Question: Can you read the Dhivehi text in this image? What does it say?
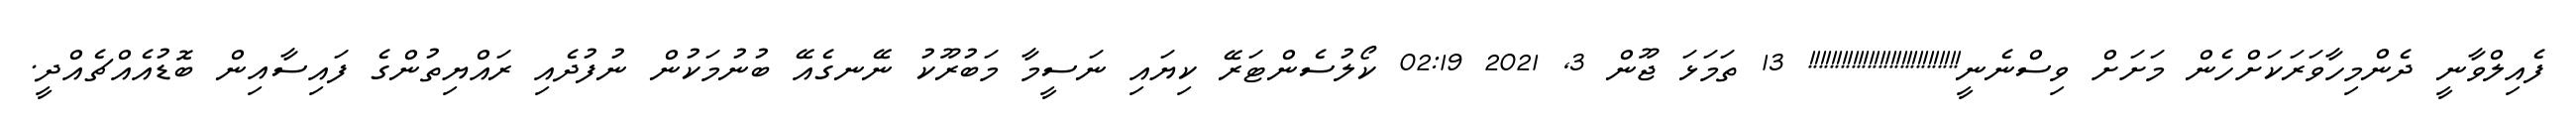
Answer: ފެއިލްވާނީ ދެންމިހާވަރަކަށްހެން މަށަށް ވިސްނެނީ!!!!!!!!!!!!!!!!!!!!!!!!!!!! 13 ތަމަޅަ ޖޫން 3, 2021 02:19 ކޯލުސެންޓަރޭ ކިޔައި ނަސީމާ މަބުރޫކު ނޭނގެއޭ ބުނުމަކުން ނުފުދެއި ރައްޔިތުންގެ ފައިސާއިން ބޮޑުއެއްޗެއްދީ.